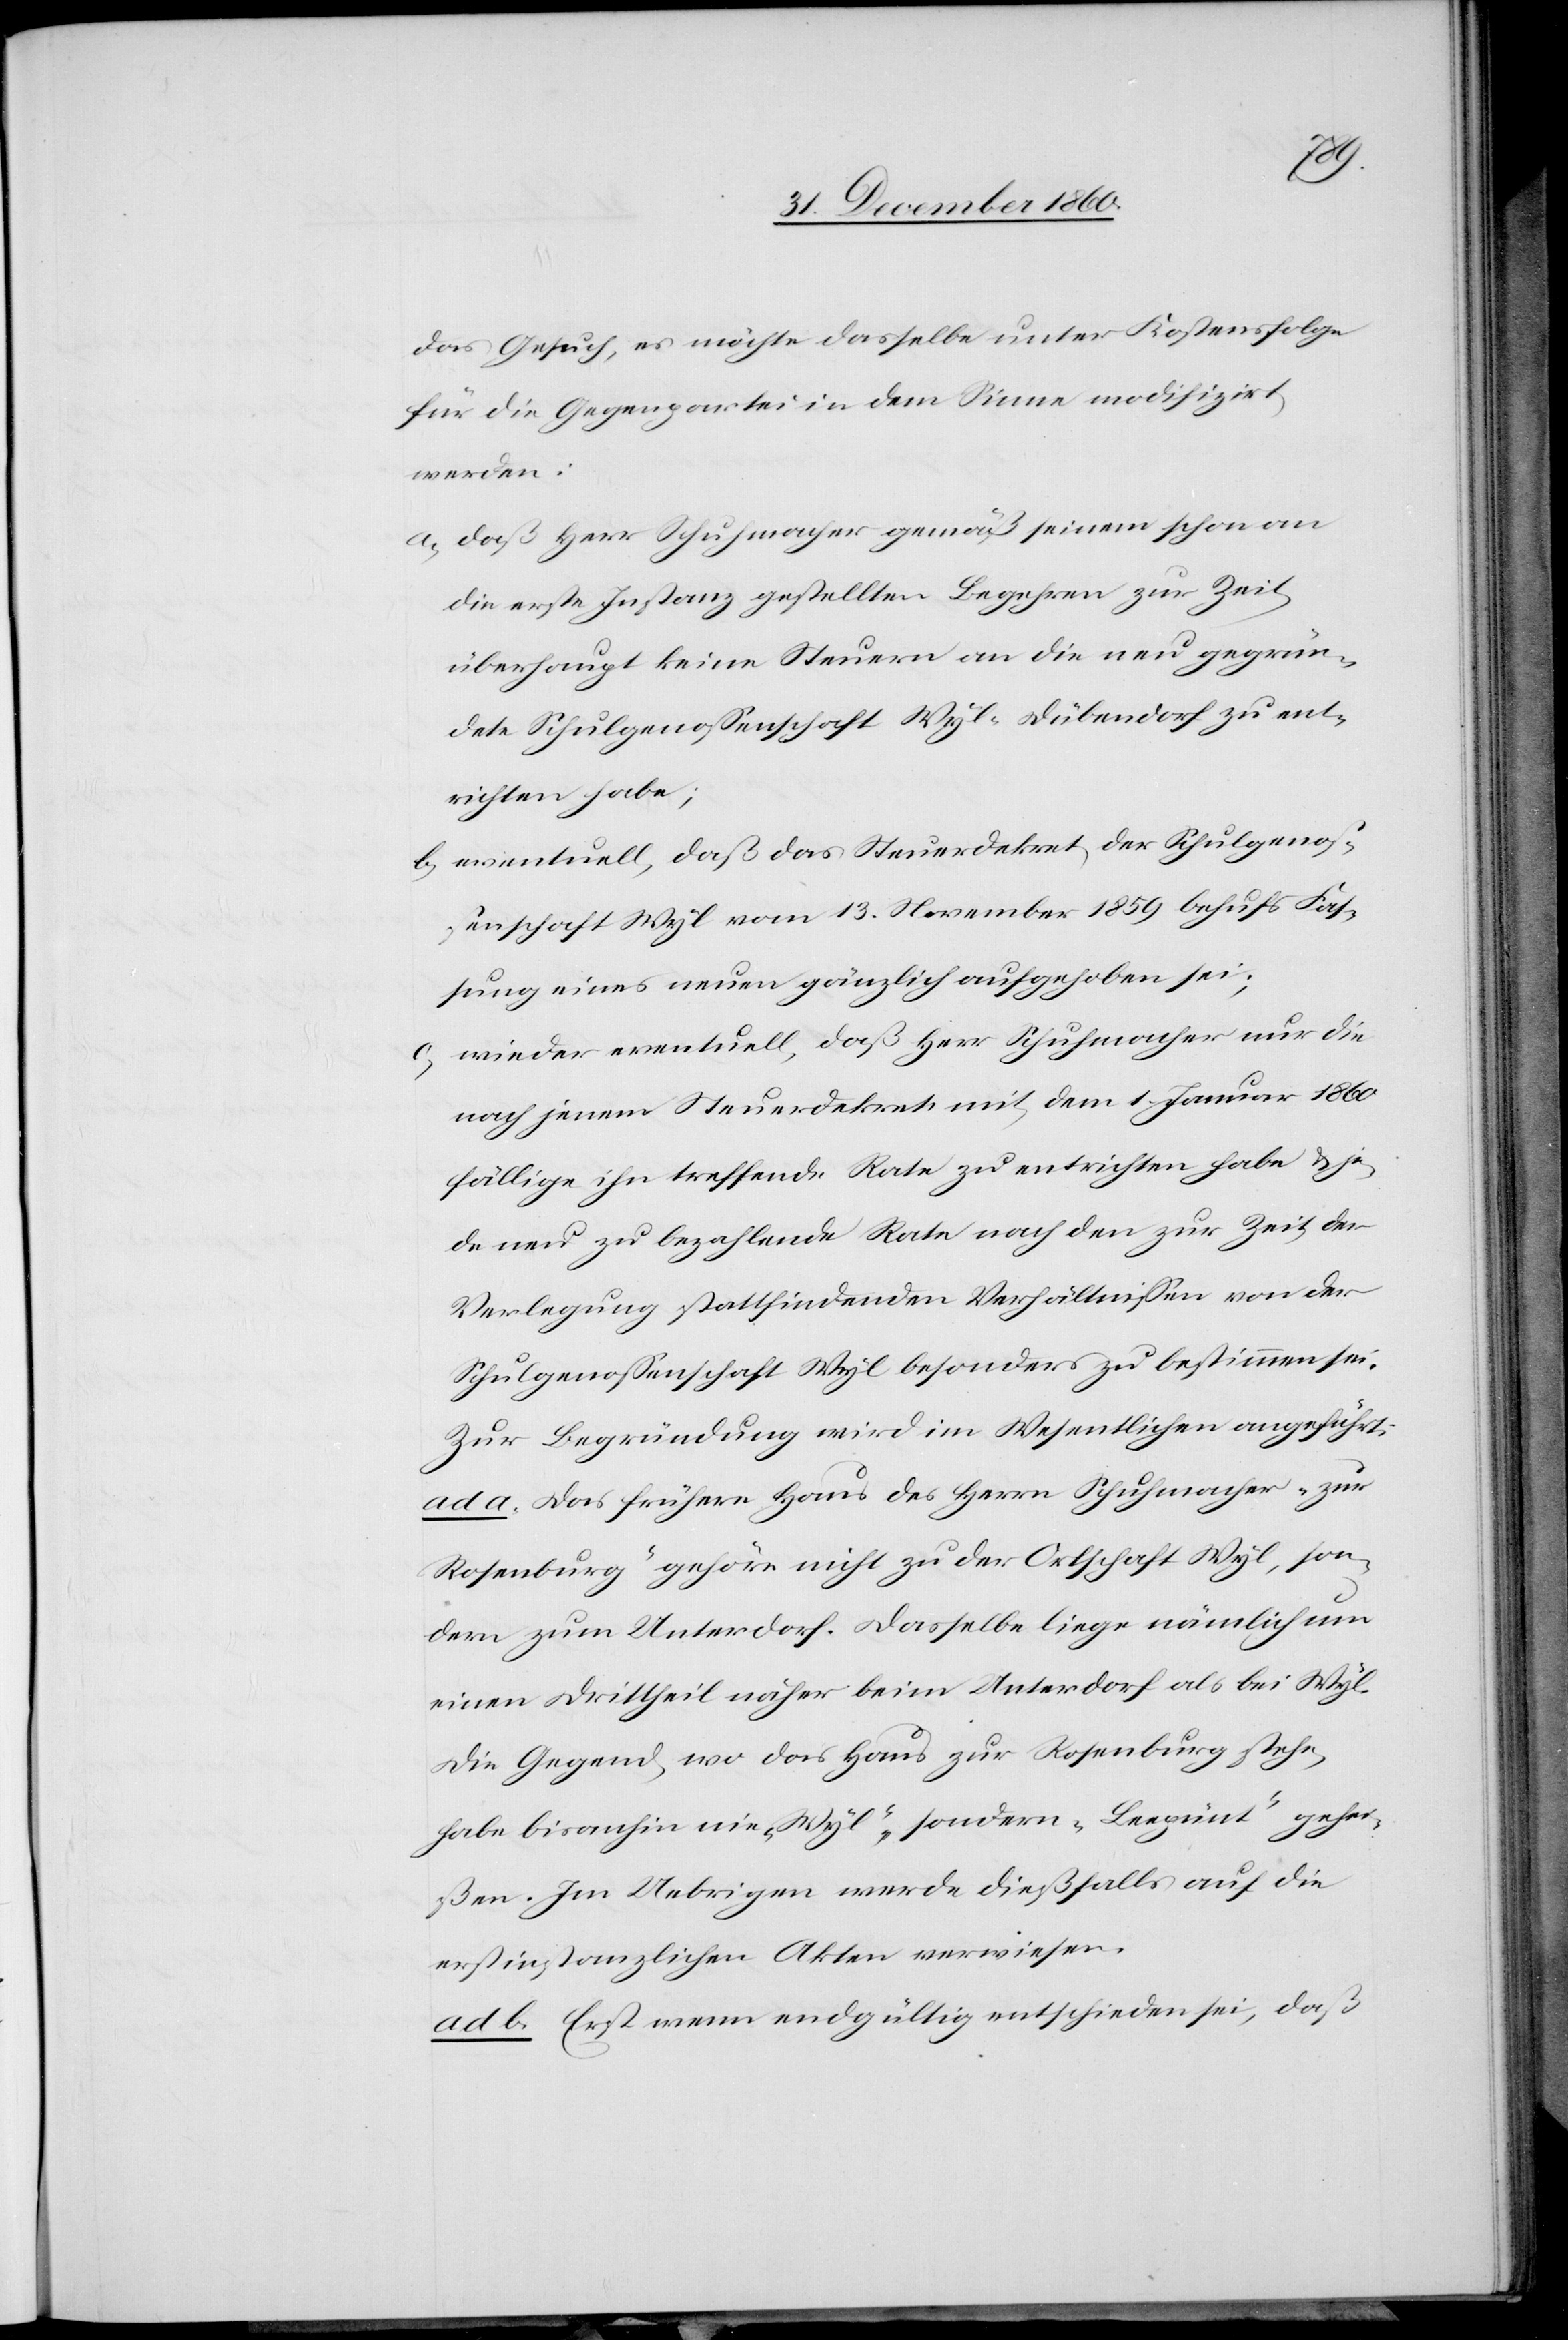
das Gesuch, es möchte dasselbe unter Kostensfolge
für die Gegenpartei in dem Sinne modifizirt
werden:
a) daß Herr Schuhmacher gemäß seinem schon an
die erste Instanz gestellten Begehren zur Zeit
überhaupt keine Steuern an die neu gegrün¬
dete Schulgenossenschaft Wyl-Dübendorf zu ent¬
richten habe;
b) eventuell, daß das Steuerdekret der Schulgenos¬
senschaft Wyl vom 13. November 1859 behufs Fas¬
sung eines neuen gänzlich aufgehoben sei;
c) wieder eventuell, daß Herr Schuhmacher nur die
nach einem Steuerdekret mit dem 1. Januar 1860
fällig ihn treffende Rate zu entrichten habe u. je¬
de neu zu bezahlende Rate nach den zur Zeit der
Verlegung stattfindenden Verhältnissen von der
Schulgenossenschaft Wyl besonders zu bestimmen sei.
Zur Begründung wird im Wesentlichen angeführt:
ad a. Das frühere Haus des Herrn Schuhmacher „zur
Rosenburg“ gehöre nicht zu der Ortschaft Wyl, son¬
dern zum Unterdorf. Dasselbe liege nämlich um
einen Drittheil näher beim Unterdorf als bei Wyl.
Die Gegend, wo das Haus zur Rosenburg stehe,
habe bisanhin nie „Wyl“, sondern „Leepünt“ gehei¬
ßen. Im Uebrigen werde dießfalls auf die
erstinstanzlichen Akten verwiesen.
ad b. Erst wenn endgültig entschieden sei, daß